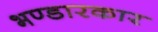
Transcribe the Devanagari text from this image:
भण्डारकार